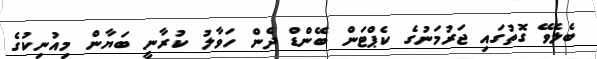
ބެލެވޭ ގޮތުގައި ޖަރުމަނުގެ ކެޕްޓަން ބޭންޑް ދެން ހަވާލު ކުރާނީ ބަޔާން މިއުނިކުގެ